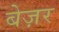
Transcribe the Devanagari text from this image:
बेज़र